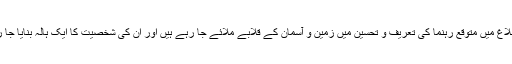
ذرائع ابلاغ میں متوقع رہنما کی تعریف و تحسین میں زمین و آسمان کے قلابے ملائے جا رہے ہیں اور ان کی شخصیت کا ایک ہالہ بنایا جا رہا ہے۔